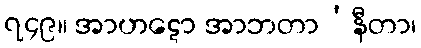
၇၄၉။ အာဟဋော အာဘတာ’နီတာ၊